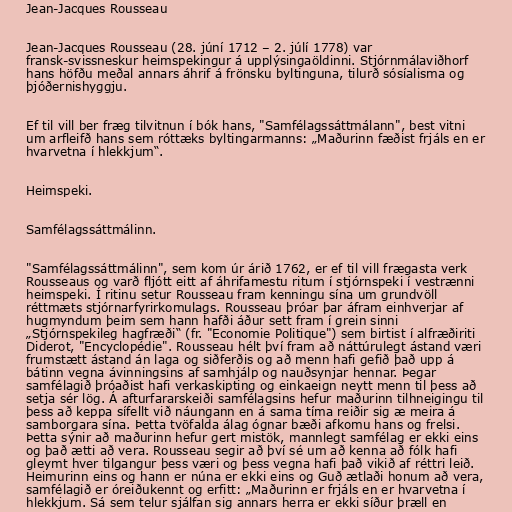
Jean-Jacques Rousseau

Jean-Jacques Rousseau (28. júní 1712 – 2. júlí 1778) var
fransk-svissneskur heimspekingur á upplýsingaöldinni. Stjórnmálaviðhorf
hans höfðu meðal annars áhrif á frönsku byltinguna, tilurð sósíalisma og
þjóðernishyggju.

Ef til vill ber fræg tilvitnun í bók hans, "Samfélagssáttmálann", best vitni
um arfleifð hans sem róttæks byltingarmanns: „Maðurinn fæðist frjáls en er
hvarvetna í hlekkjum“.

Heimspeki.

Samfélagssáttmálinn.

"Samfélagssáttmálinn", sem kom úr árið 1762, er ef til vill frægasta verk
Rousseaus og varð fljótt eitt af áhrifamestu ritum í stjórnspeki í vestrænni
heimspeki. Í ritinu setur Rousseau fram kenningu sína um grundvöll
réttmæts stjórnarfyrirkomulags. Rousseau þróar þar áfram einhverjar af
hugmyndum þeim sem hann hafði áður sett fram í grein sinni
„Stjórnspekileg hagfræði“ (fr. "Economie Politique") sem birtist í alfræðiriti
Diderot, "Encyclopédie". Rousseau hélt því fram að náttúrulegt ástand væri
frumstætt ástand án laga og siðferðis og að menn hafi gefið það upp á
bátinn vegna ávinningsins af samhjálp og nauðsynjar hennar. Þegar
samfélagið þróaðist hafi verkaskipting og einkaeign neytt menn til þess að
setja sér lög. Á afturfararskeiði samfélagsins hefur maðurinn tilhneigingu til
þess að keppa sífellt við náungann en á sama tíma reiðir sig æ meira á
samborgara sína. Þetta tvöfalda álag ógnar bæði afkomu hans og frelsi.
Þetta sýnir að maðurinn hefur gert mistök, mannlegt samfélag er ekki eins
og það ætti að vera. Rousseau segir að því sé um að kenna að fólk hafi
gleymt hver tilgangur þess væri og þess vegna hafi það vikið af réttri leið.
Heimurinn eins og hann er núna er ekki eins og Guð ætlaði honum að vera,
samfélagið er óreiðukennt og erfitt: „Maðurinn er frjáls en er hvarvetna í
hlekkjum. Sá sem telur sjálfan sig annars herra er ekki síður þræll en